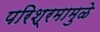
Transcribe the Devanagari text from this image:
परिश्रमामुळे